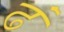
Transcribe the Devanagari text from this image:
ढं